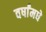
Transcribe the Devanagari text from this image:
वर्षांमधे